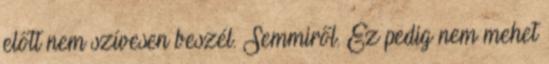
előtt nem szívesen beszél. Semmiről. Ez pedig nem mehet